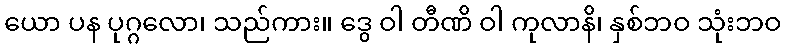
ယော ပန ပုဂ္ဂလော၊ သည်ကား။ ဒွေ ဝါ တီဏိ ဝါ ကုလာနိ၊ နှစ်ဘဝ သုံးဘဝ